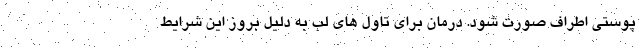
پوستی اطراف صورت شود. درمان برای تاول های لب به دلیل بروز این شرایط